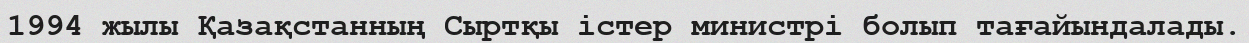
1994 жылы Қазақстанның Сыртқы істер министрі болып тағайындалады.